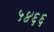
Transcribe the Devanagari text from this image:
५४६६